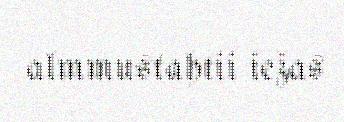
almmustahtii iežas